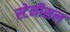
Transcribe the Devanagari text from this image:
स्टेनीसल